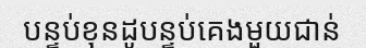
បន្ទប់ខុនដូបន្ទប់គេងមួយជាន់